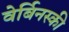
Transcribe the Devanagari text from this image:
वेर्बिनस्की